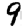
Digit: 9